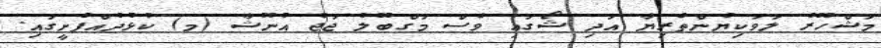
މަޝްހޫރު ލަވަކިޔުންތެރިޔާ އަދި ޝޯގައި ވެސް މަގްބޫލު ޖަޖު އުނޫޝާ (މ) ކުޅުދުއްފުށީގައި.